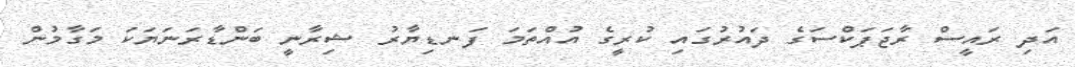
އަދި ރައީސް ރާޖަޕަކްސަގެ ދައުރުގައި ކުރީގެ އުއްތަމަ ފަނޑިޔާރު ޝިރާނީ ބަންޑާރަނަޔަކަ މަގާމުން